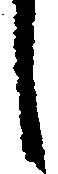
し